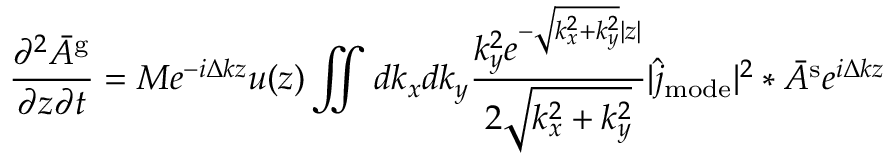
\frac { \partial ^ { 2 } \bar { A } ^ { \mathrm { g } } } { \partial z \partial t } = M e ^ { - i \Delta k z } u ( z ) \iint d k _ { x } d k _ { y } \frac { k _ { y } ^ { 2 } e ^ { - \sqrt { k _ { x } ^ { 2 } + k _ { y } ^ { 2 } } | z | } } { 2 \sqrt { k _ { x } ^ { 2 } + k _ { y } ^ { 2 } } } | \hat { j } _ { \mathrm { m o d e } } | ^ { 2 } \ast \bar { A } ^ { \mathrm { s } } e ^ { i \Delta k z }